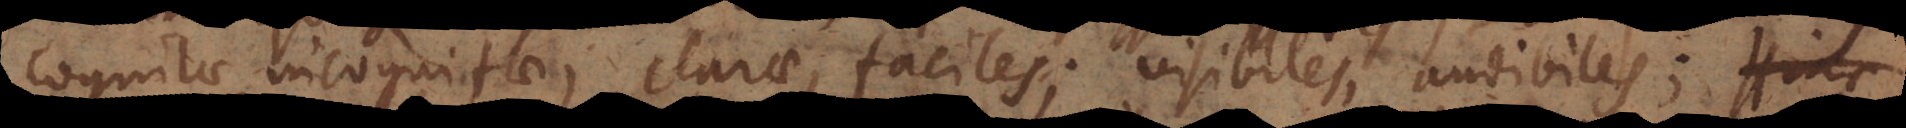
cognitae, incognitae, clarae, faciles; visibiles, audibiles;